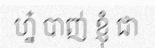
ហ្ន៎ បាញ់ ខ្ញុំ ជា